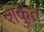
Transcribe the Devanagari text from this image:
शकुंत